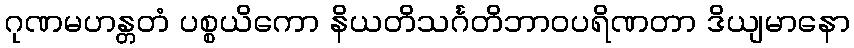
ဂုဏမဟန္တတံ ပစ္စယိကော နိယတိသင်္ဂတိဘာဝပရိဏတာ ဒိယျမာနော